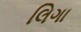
લિગા